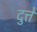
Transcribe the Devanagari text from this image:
दुत्ते